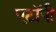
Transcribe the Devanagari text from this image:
एटॉपी